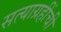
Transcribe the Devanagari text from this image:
सत्याग्रहींची